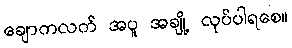
ချောကလက် အပူ အချို့ လုပ်ပါရစေ။